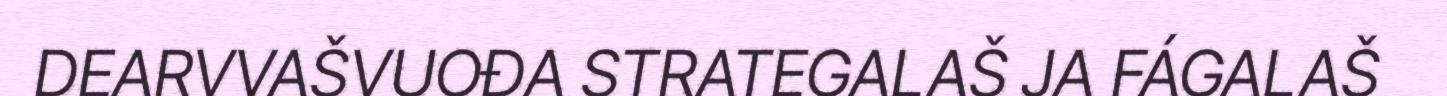
DEARVVAŠVUOĐA STRATEGALAŠ JA FÁGALAŠ